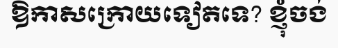
ឱកាសក្រោយទៀតទេ? ខ្ញុំចង់